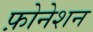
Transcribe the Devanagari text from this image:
फ़ोनेशन